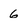
Character: 6